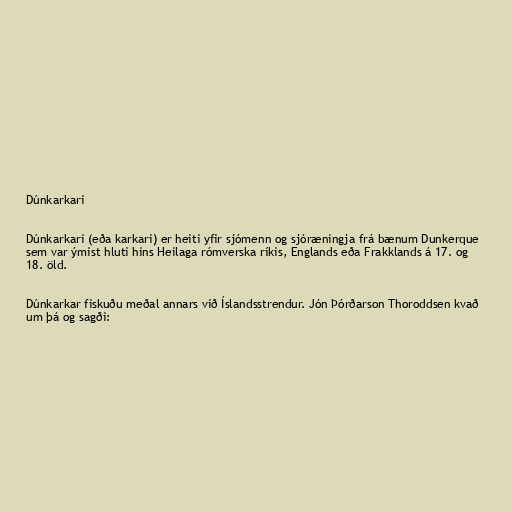
Dúnkarkari

Dúnkarkari (eða karkari) er heiti yfir sjómenn og sjóræningja frá bænum Dunkerque
sem var ýmist hluti hins Heilaga rómverska ríkis, Englands eða Frakklands á 17. og
18. öld.

Dúnkarkar fiskuðu meðal annars við Íslandsstrendur. Jón Þórðarson Thoroddsen kvað
um þá og sagði: